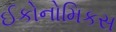
ઈકોનોમિકસ